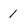
Character: 1